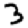
Digit: 3